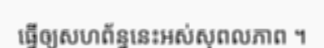
ធ្វើឲ្យសហព័ន្ធនេះអស់សុពលភាព ។